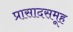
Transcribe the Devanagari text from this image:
प्रासादसमूह